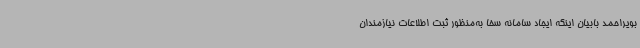
بویراحمد بابیان اینکه ایجاد سامانه سخا به‌منظور ثبت اطلاعات نیازمندان